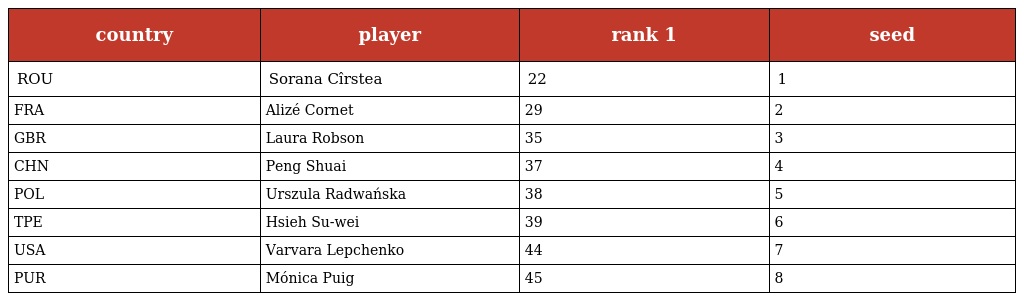
| country | player | rank 1 | seed |
 | --- | --- | --- | --- |
 | ROU | Sorana Cîrstea | 22 | 1 |
 | FRA | Alizé Cornet | 29 | 2 |
 | GBR | Laura Robson | 35 | 3 |
 | CHN | Peng Shuai | 37 | 4 |
 | POL | Urszula Radwańska | 38 | 5 |
 | TPE | Hsieh Su-wei | 39 | 6 |
 | USA | Varvara Lepchenko | 44 | 7 |
 | PUR | Mónica Puig | 45 | 8 |